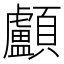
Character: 顱